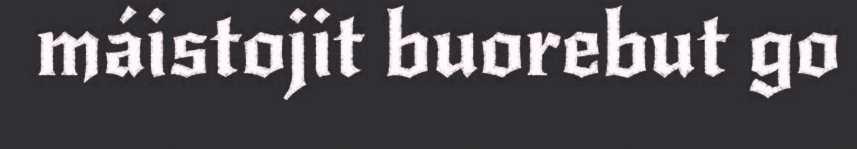
máistojit buorebut go